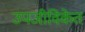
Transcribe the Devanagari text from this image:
उपजीविकेत